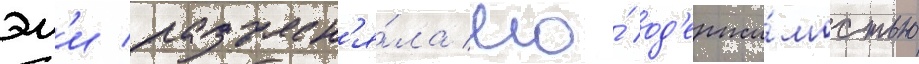
эм'и разъясн'я́ла его́ од'ержи́мостью